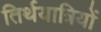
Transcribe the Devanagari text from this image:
तिर्थयात्रियों